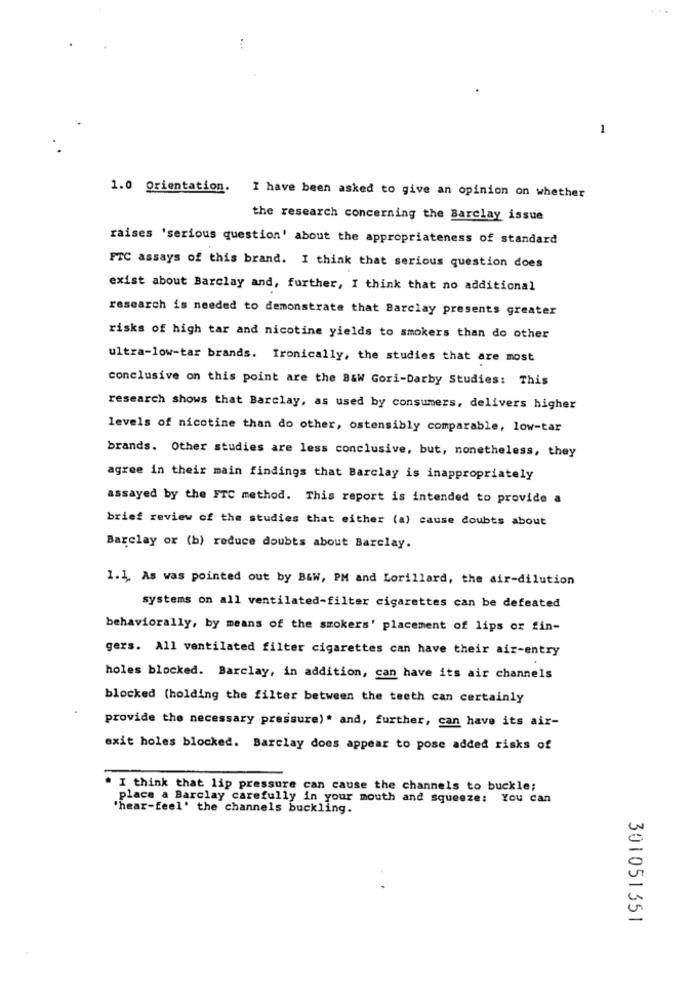
1
1.0 Orientation.
I have been asked to give an opinion on whether
the research concerning the Barclay issue
raises 'serious question' about the appropriateness of standard
FTC assays of this brand. I think that serious question does
exist about Barclay and, further, I think that no additional
research is needed to demonstrate that Barclay presents greater
risks of high tar and nicotine yields to smokers than do other
ultra-low-tar brands. Ironically, the studies that are most
conclusive on this point are the B&W Gori-Darby Studies: This
research shows that Barclay, as used by consumers, delivers higher
levels of nicotine than do other, ostensibly comparable, low-tar
brands. Other studies are less conclusive, but, nonetheless, they
agree in their main findings that Barclay is inappropriately
assayed by the FTC method. This report is intended to provide a
brief review of the studies that either (a) cause doubts about
Barclay or (b) reduce doubts about Barclay.
1.1. As was pointed out by B&W, PM and Lorillard, the air-dilution
systems on all ventilated-filter cigarettes can be defeated
behaviorally, by means of the smokers' placement of lips or fin-
gers. All ventilated filter cigarettes can have their air-entry
holes blocked. Barclay, in addition, can have its air channels
blocked (holding the filter between the teeth can certainly
provide the necessary pressure)" and, further, can have its aix-
exit holes blocked. Barclay does appear to pose added risks of
I think that lip pressure can cause the channels to buckle;
place a Barclay carefully in your mouth and squeeze: You can
'hear-feel' the channels buckling.
301051351